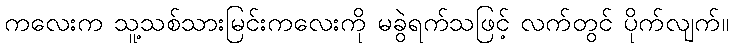
ကလေးက သူ့သစ်သားမြင်းကလေးကို မခွဲရက်သဖြင့် လက်တွင် ပိုက်လျက်။